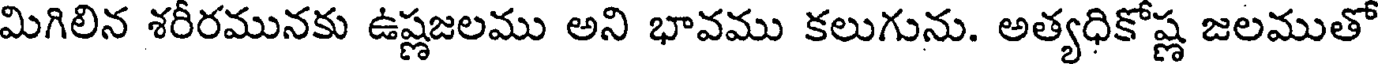
మిగిలిన శరీరమునకు ఉష్ణజలము అని భావము కలుగును. అత్యధికోష్ణ జలముతో